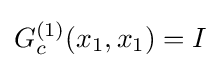
G_{c}^{(1)}(x_{1},x_{1})=I